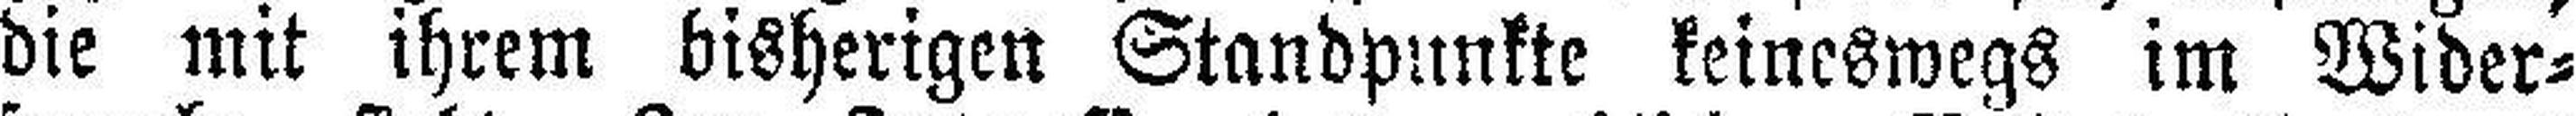
die mit ihrem bisherigen Standpunkte keineswegs im Wider¬